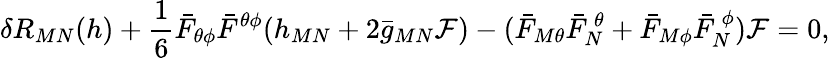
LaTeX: \delta R_{MN}(h)+{\frac{1}{6}}\bar{F}_{\theta\phi}\bar{F}^{\theta\phi}(h_{MN}+2\bar{g}_{MN}{\cal F})-(\bar{F}_{M\theta}\bar{F}_{N}^{~\theta}+\bar{F}_{M\phi}\bar{F}_{N}^{~\phi}){\cal F}=0,